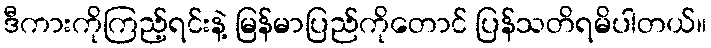
ဒီကားကိုကြည့်ရင်းနဲ့ မြန်မာပြည်ကိုတောင် ပြန်သတိရမိပါတယ်။